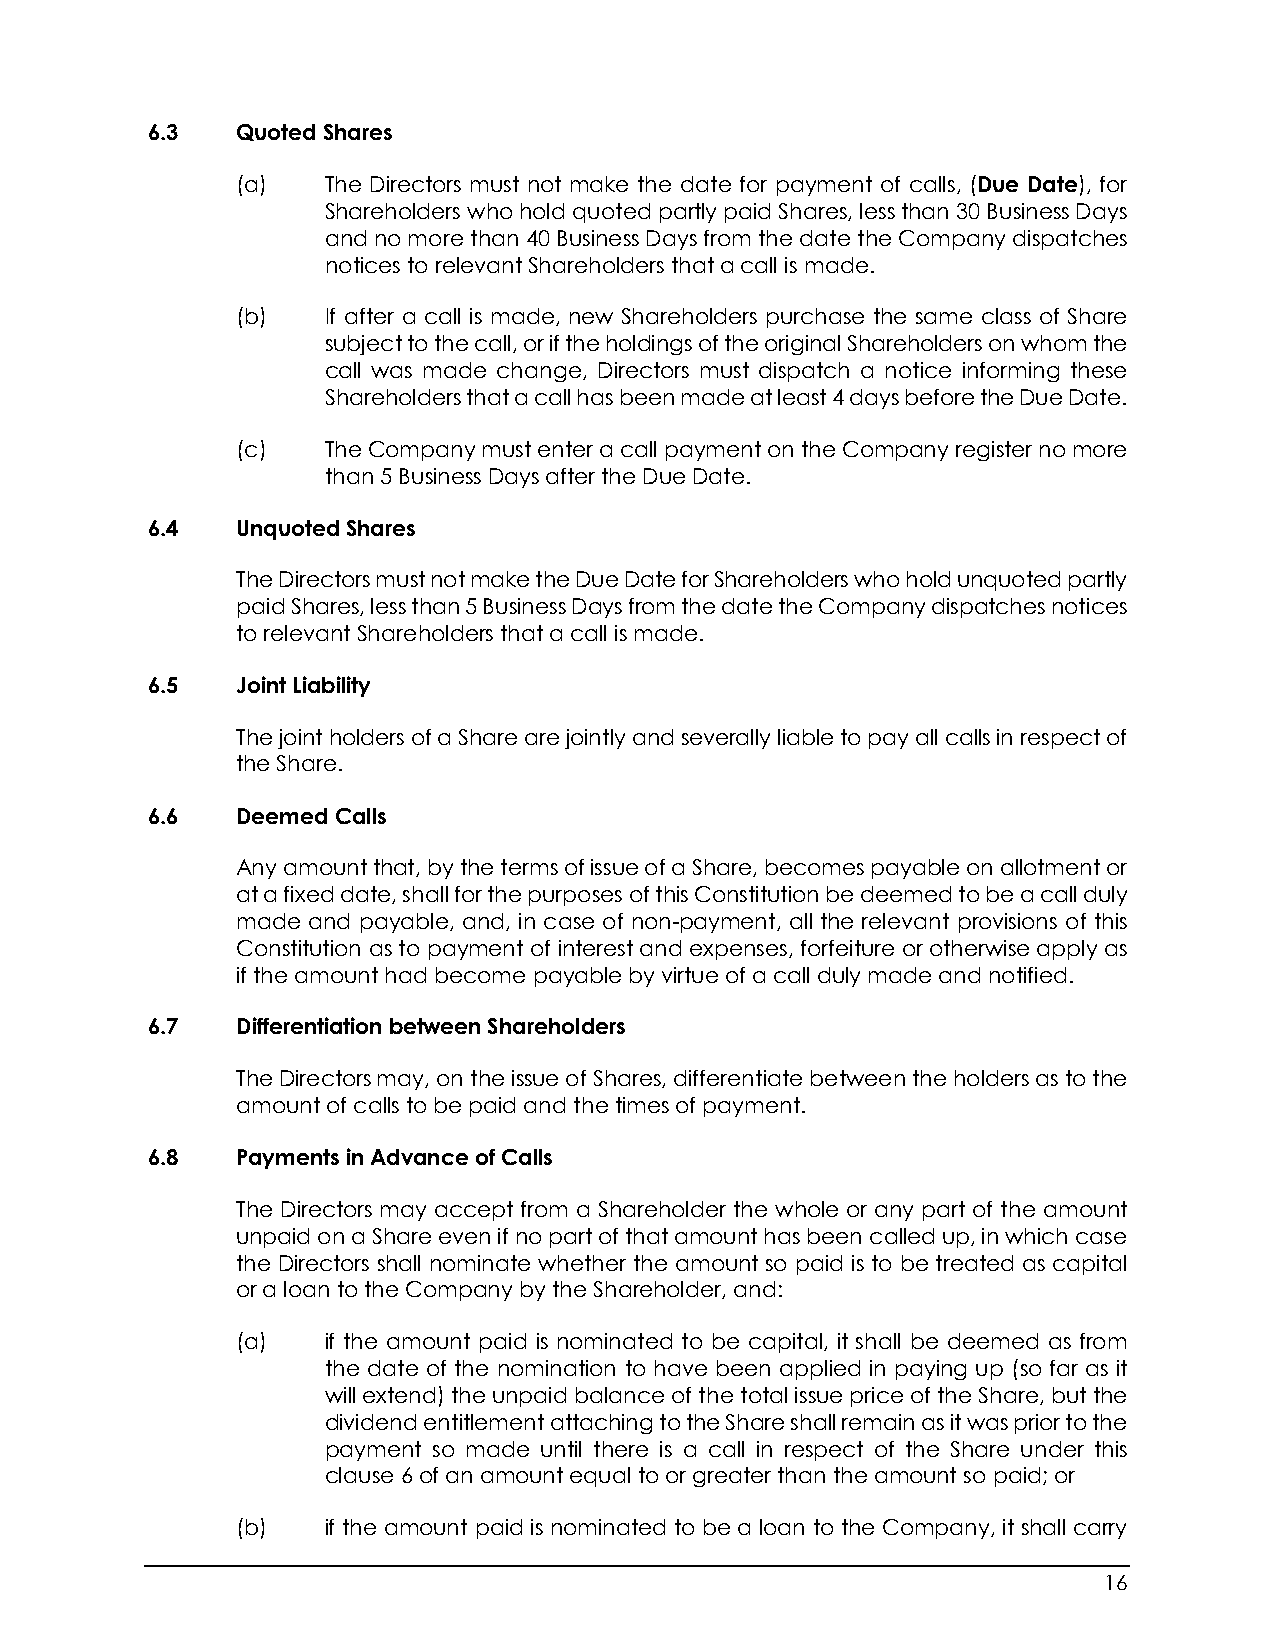
6.3   Quoted Shares
 (a)   The Directors must not make the date for payment of calls, (Due Date), for
 Shareholders who hold quoted partly paid Shares, less than 30 Business Days
 and no more than 40 Business Days from the date the Company dispatches
 notices to relevant Shareholders that a call is made.
 (b)   If after a call is made, new Shareholders purchase the same class of Share
 subject to the call, or if the holdings of the original Shareholders on whom the
 call was made change, Directors must dispatch a notice informing these
 Shareholders that a call has been made at least 4 days before the Due Date.
 (c)   The Company must enter a call payment on the Company register no more
 than 5 Business Days after the Due Date.
 6.4   Unquoted Shares
 The Directors must not make the Due Date for Shareholders who hold unquoted partly
 paid Shares, less than 5 Business Days from the date the Company dispatches notices
 to relevant Shareholders that a call is made.
 6.5   Joint Liability
 The joint holders of a Share are jointly and severally liable to pay all calls in respect of
 the Share.
 6.6   Deemed Calls
 Any amount that, by the terms of issue of a Share, becomes payable on allotment or
 at a fixed date, shall for the purposes of this Constitution be deemed to be a call duly
 made and payable, and, in case of non-payment, all the relevant provisions of this
 Constitution as to payment of interest and expenses, forfeiture or otherwise apply as
 if the amount had become payable by virtue of a call duly made and notified.
 6.7   Differentiation between Shareholders
 The Directors may, on the issue of Shares, differentiate between the holders as to the
 amount of calls to be paid and the times of payment.
 6.8   Payments in Advance of Calls
 The Directors may accept from a Shareholder the whole or any part of the amount
 unpaid on a Share even if no part of that amount has been called up, in which case
 the Directors shall nominate whether the amount so paid is to be treated as capital
 or a loan to the Company by the Shareholder, and:
 (a)   if the amount paid is nominated to be capital, it shall be deemed as from
 the date of the nomination to have been applied in paying up (so far as it
 will extend) the unpaid balance of the total issue price of the Share, but the
 dividend entitlement attaching to the Share shall remain as it was prior to the
 payment so made until there is a call in respect of the Share under this
 clause 6 of an amount equal to or greater than the amount so paid; or
 (b)   if the amount paid is nominated to be a loan to the Company, it shall carry
 16